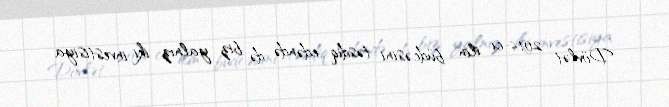
Dövlət 2016-cı ilin büdcəsini təsdiq edəndə də biz yalnız iki investisiya